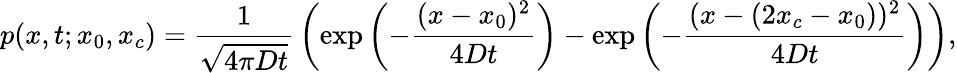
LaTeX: p(x,t;x_{0},x_{c})={\frac{1}{\sqrt{4\pi Dt}}}\left(\exp\left(-{\frac{(x-x_{0})^{2}}{4Dt}}\right)-\exp\left(-{\frac{(x-(2x_{c}-x_{0}))^{2}}{4Dt}}\right)\right),